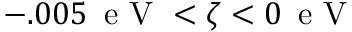
- . 0 0 5 \, \textrm { e V } < \zeta < 0 \, \textrm { e V }